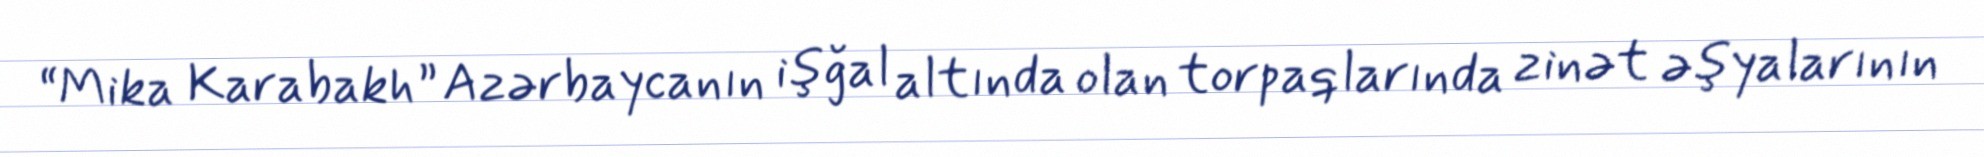
“Mika Karabakh” Azərbaycanın işğal altında olan torpaqlarında zinət əşyalarının